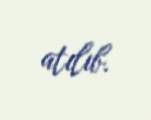
atılıb.